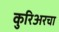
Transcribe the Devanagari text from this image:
कुरिअरचा